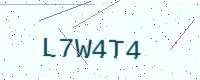
Text: L7W4T4